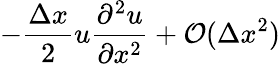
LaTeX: -\frac{\Delta x}{2}u\frac{\partial^{2}u}{\partial x^{2}}+\mathcal{O}(\Delta x^{2})